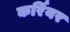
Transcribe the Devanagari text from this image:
कर्रियर